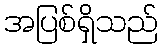
အပြစ်ရှိသည်